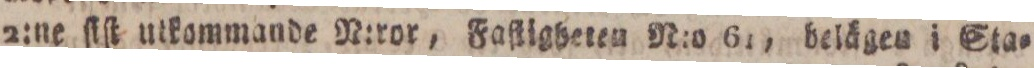
2:ne ſiſt utkammande n:ror, Faſtigheten N:o 61, belägen i Sta=